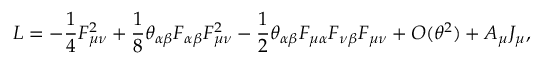
{ \cal L } = - \frac 1 4 F _ { \mu \nu } ^ { 2 } + \frac 1 8 \theta _ { \alpha \beta } F _ { \alpha \beta } F _ { \mu \nu } ^ { 2 } - \frac 1 2 \theta _ { \alpha \beta } F _ { \mu \alpha } F _ { \nu \beta } F _ { \mu \nu } + { \cal O } ( \theta ^ { 2 } ) + A _ { \mu } J _ { \mu } ,